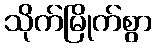
သိုက်မြိုက်စွာ